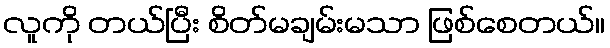
လူကို တယ်ပြီး စိတ်မချမ်းမသာ ဖြစ်စေတယ်။